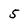
Character: 5